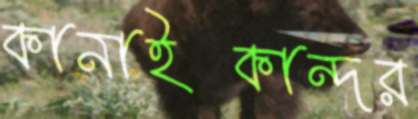
কানাইকান্দর